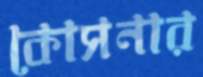
কোসনার